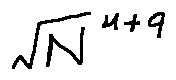
\sqrt { N } ^ { u + 9 }